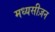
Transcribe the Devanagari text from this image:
मध्यसीज़न